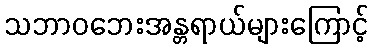
သဘာဝဘေးအန္တရာယ်များကြောင့်